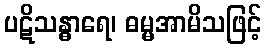
ပဋိသန္ဓာရေ၊ ဓမ္မအာမိသဖြင့်